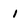
Character: l